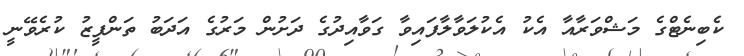
ކެބިނެޓްގެ މަޝްވަރާއާ އެކު އެކުލަވާލާފައިވާ ގަވާއިދުގެ ދަށުން މަރުގެ އަދަބު ތަންފީޒު ކުރެވޭނީ